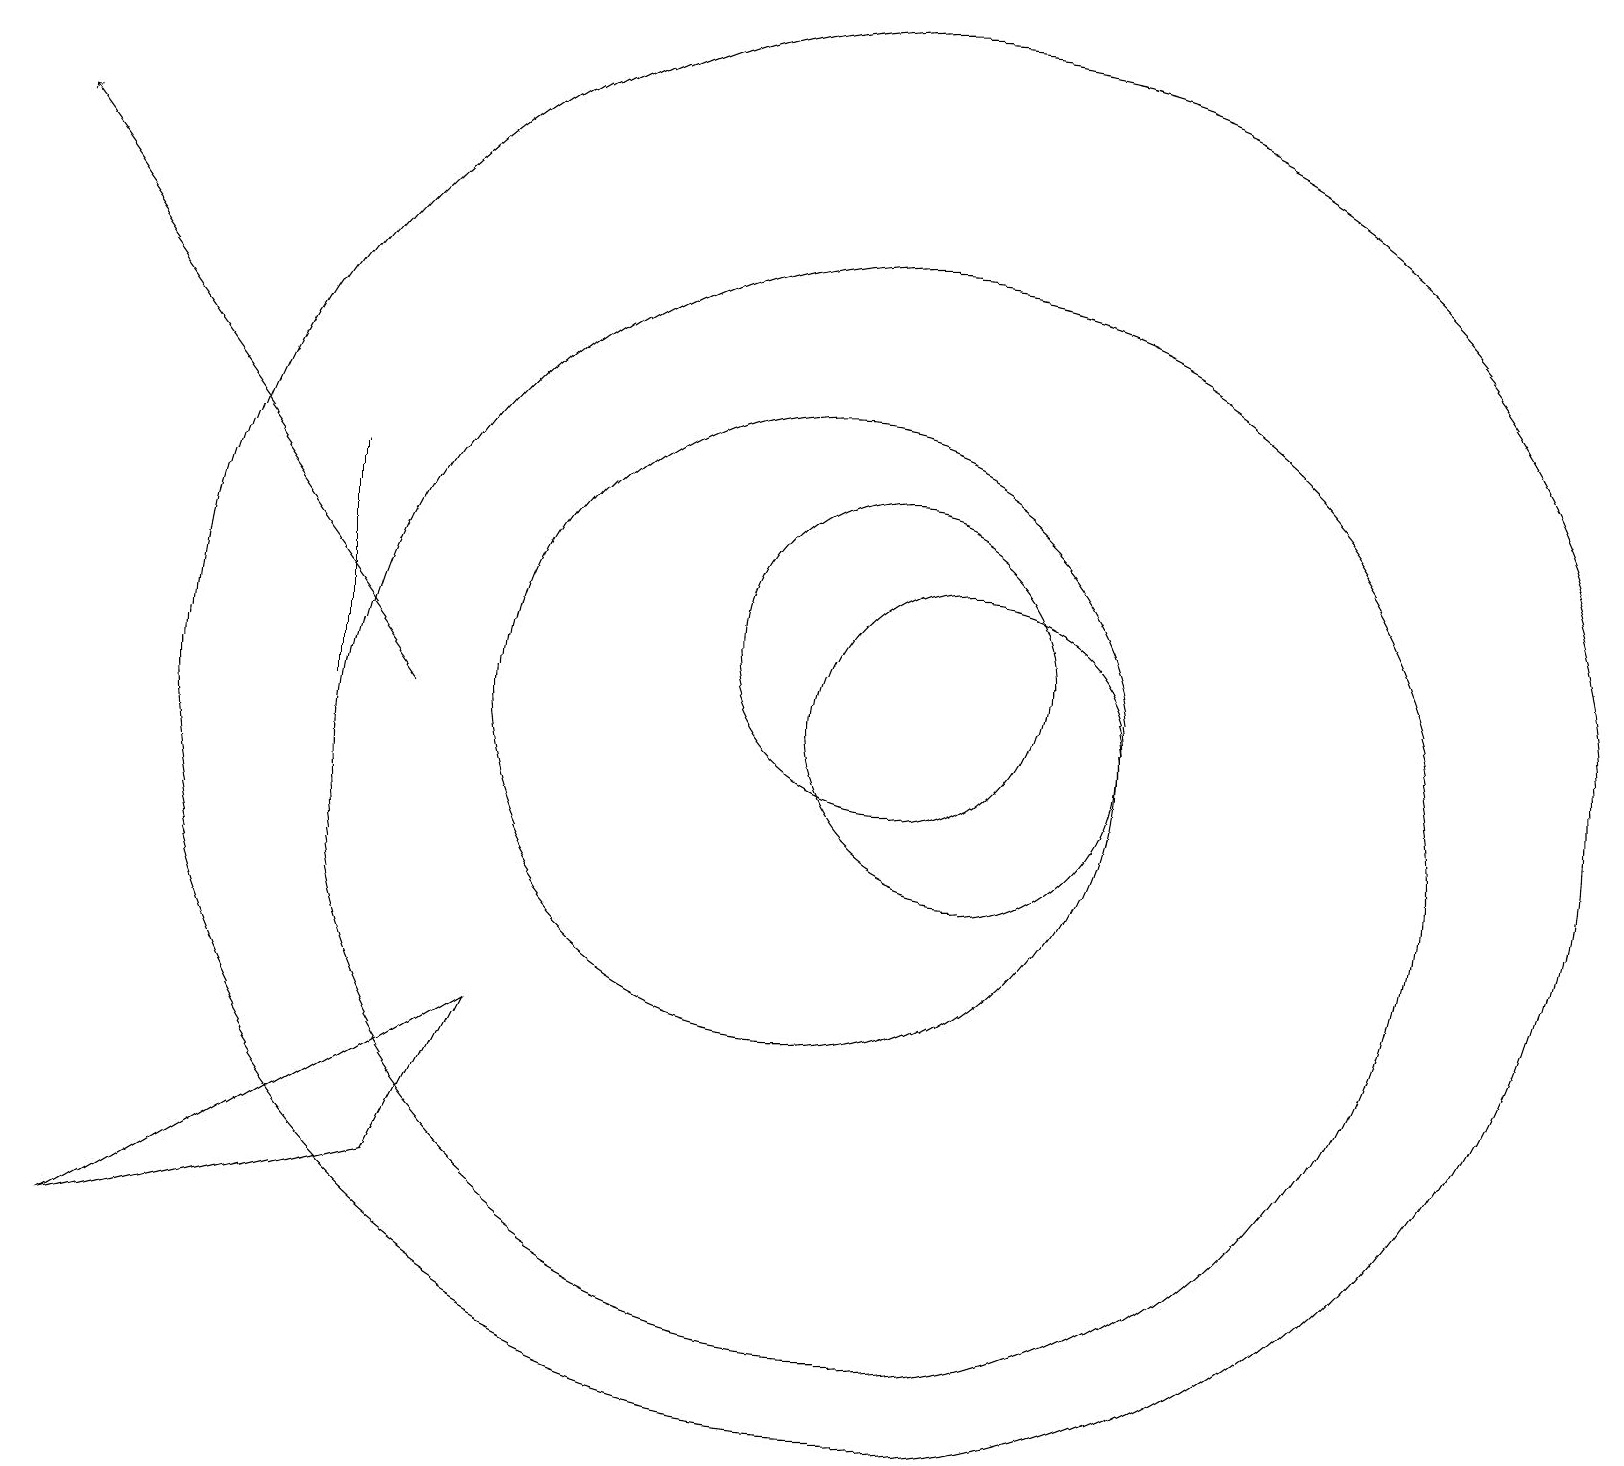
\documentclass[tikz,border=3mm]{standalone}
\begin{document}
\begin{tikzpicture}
\draw[->] (5,11) -- (0,18);
\draw (10,11) circle (4);
\draw (12,11) circle (2);
\draw (4,11) rectangle (4,14);
\draw (11,12) circle (2);
\draw (11,11) circle (9);
\draw (11,10) circle (7);
\draw (6,7) -- (1,4) -- (5,5) -- cycle;
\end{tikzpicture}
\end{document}